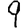
Digit: 9